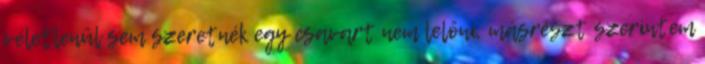
véletlenül sem szeretnék egy csavart nem lelőni, másrészt szerintem